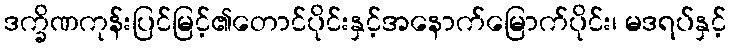
ဒက္ခိဏကုန်းပြင်မြင့်၏တောင်ပိုင်းနှင့်အနောက်မြောက်ပိုင်း၊ မဒရပ်နှင့်